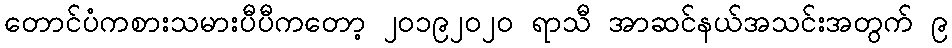
တောင်ပံကစားသမားပီပီကတော့ ၂၀၁၉၂၀၂၀ ရာသီ အာဆင်နယ်အသင်းအတွက် ၉